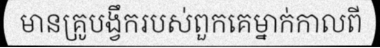
មានគ្រូបង្វឹករបស់ពួកគេម្នាក់កាលពី